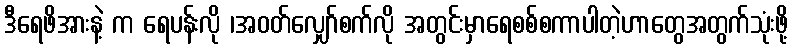
ဒီရေဖိအားနဲ့ က ရေပန်းလို ၊အဝတ်လျှော်စက်လို အတွင်းမှာရေစစ်စကာပါတဲ့ဟာတွေအတွက်သုံးဖို့